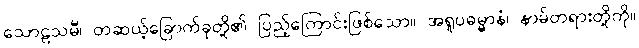
သောဠသမီ၊ တဆယ့်ခြောက်ခုတို့၏ ပြည့်ကြောင်းဖြစ်သော။ အရူပဓမ္မာနံ၊ နာမ်တရားတို့ကို။